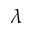
\lambda